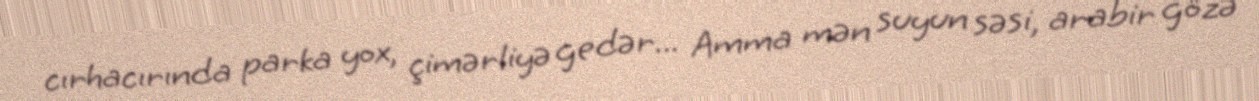
cırhacırında parka yox, çimərliyə gedər... Amma mən suyun səsi, arabir gözə